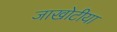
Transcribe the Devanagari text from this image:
जाखोटीया